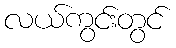
လယ်ကွင်းတွင်